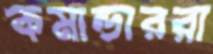
কমান্ডাররা